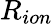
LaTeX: R_{ion}